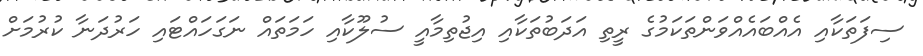
ސިފަތަކާއި އެއްބައެއްވަންތަކަމުގެ ރީތި އަދަބުތަކާއި އިޖުތިމާއީ ސުލޫކާއި ހަމަތައް ނަގަހައްޓައި ހަރުދަނާ ކުރުމަށް